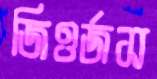
জিওর্জস